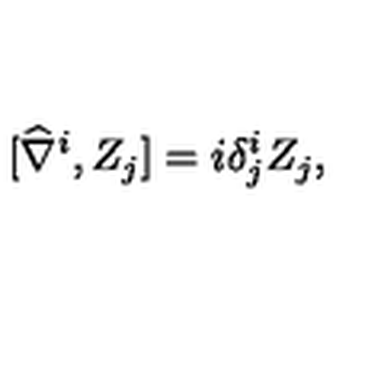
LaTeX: [ \widehat { \nabla } ^ { i } , Z _ { j } ] = i \delta _ { j } ^ { i } Z _ { j } ,